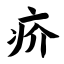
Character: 疥